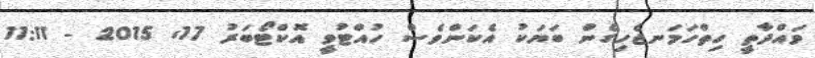
ވައްދާތީ ހިތްހަމަނޖެހިގެން ބަޔަކު އެކަންވެސް ހުއްޓުވީ އޮކްޓޯބަރު 17